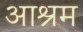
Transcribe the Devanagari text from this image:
अाश्रम